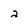
Character: 2